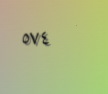
٥٧٤